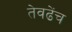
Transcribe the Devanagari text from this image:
तेवढेंच